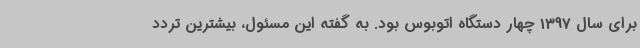
برای سال 1397 چهار دستگاه اتوبوس بود. به گفته این مسئول، بیشترین تردد